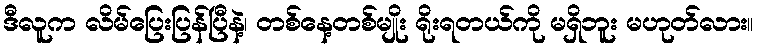
ဒီလူက လိမ်ပြေးပြန်ပြီနဲ့၊ တစ်နေ့တစ်မျိုး ရိုးရတယ်ကို မရှိဘူး မဟုတ်လား။